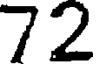
72